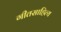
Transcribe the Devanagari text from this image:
गीतसाहित्य